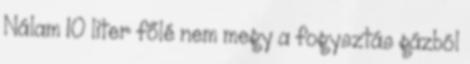
Nálam 10 liter főlé nem megy a fogysztás gázból